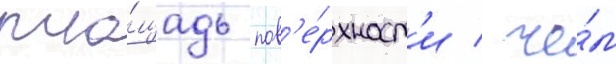
пло́щадь пов'е́рхност'и / че́м